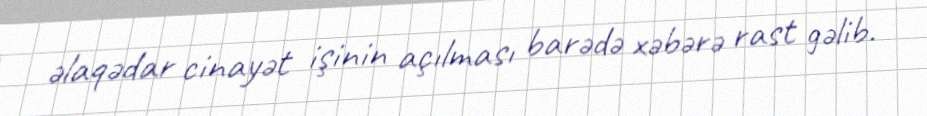
əlaqədar cinayət işinin açılması barədə xəbərə rast gəlib.